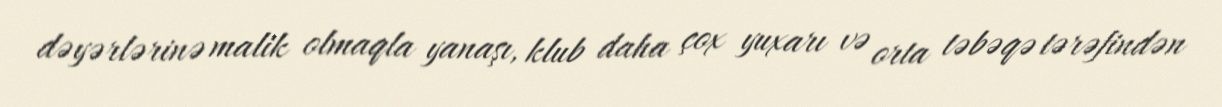
dəyərlərinə malik olmaqla yanaşı, klub daha çox yuxarı və orta təbəqə tərəfindən